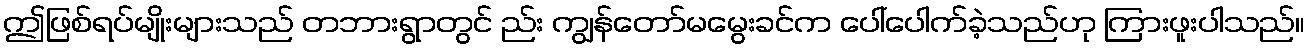
ဤဖြစ်ရပ်မျိုးများသည် တဘားရွာတွင် ည်း ကျွန်တော်မမွေးခင်က ပေါ်ပေါက်ခဲ့သည်ဟု ကြားဖူးပါသည်။